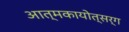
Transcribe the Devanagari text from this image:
आत्मकायोत्सर्ग